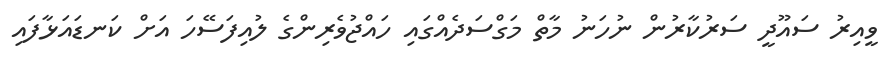
ވީއިރު ސައޫދީ ސަރުކާރުން ނުހަނު މާތް މަގްސަދެއްގައި ހައްޖުވެރިންގެ ލުއިފަސޭހަ އަށް ކަނޑައަޅާފައި